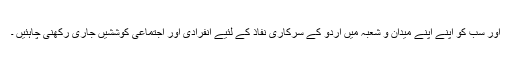
اور سب کو اپنے اپنے میدان و شعبہ میں اردو کے سرکاری نفاذ کے لئیے انفرادی اور اجتماعی کوششیں جاری رکھنی چاہئیں ۔